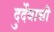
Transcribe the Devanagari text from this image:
दुर्देवाची